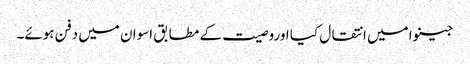
جینوا میں انتقال کیا اوروصیت کے مطابق اسوان میں دفن ہوئے۔